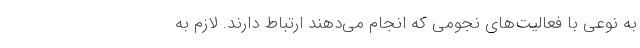
به نوعی با فعالیت‌های نجومی که انجام می‌دهند ارتباط دارند. لازم به